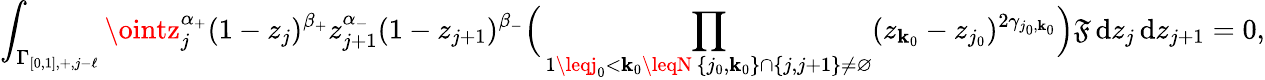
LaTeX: \int_{\Gamma_{[0,1],+,j-\ell}}\ointz_{j}^{\alpha_{+}}(1-z_{j})^{\beta_{+}}z_{j+1}^{\alpha_{-}}(1-z_{j+1})^{\beta_{-}}\Big(\prod_{\substack{1\leqj_{0}<\mathbf{k}_{0}\leqN\, \{ j_{0},\mathbf{k}_{0}\} \cap\{ j,j+1\} \neq\varnothing}}(z_{\mathbf{k}_{0}}-z_{j_{0}})^{2\gamma_{j_{0},\mathbf{k}_{0}}}\Big)\mathfrak{F}\, \mathrm{{d}}z_{j}\, \mathrm{{d}}z_{j+1}=0,